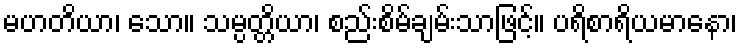
မဟတိယာ၊ သော။ သမ္ပတ္တိယာ၊ စည်းစိမ်ချမ်းသာဖြင့်။ ပရိစာရိယမာနော၊